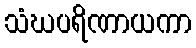
သံဃပရိဏာယကာ